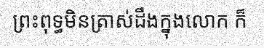
ព្រះពុទ្ធមិនត្រាស់ដឹងក្នុងលោក ក៏